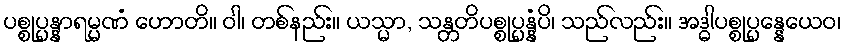
ပစ္စုပ္ပန္နာရမ္မဏံ ဟောတိ။ ဝါ၊ တစ်နည်း။ ယသ္မာ, သန္တတိပစ္စုပ္ပန္နံပိ၊ သည်လည်း။ အဒ္ဓါပစ္စုပ္ပန္နေယေဝ၊